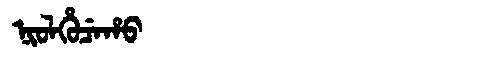
Manchu: ᠨᡳᠣᠯᡥᡠᠴᡝᡥᠣ
Romanization: NIOLHUCEHO